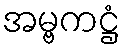
အမ္ဗကဋ္ဌံ